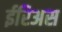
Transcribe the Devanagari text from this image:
ईरिअस